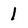
Character: 1